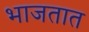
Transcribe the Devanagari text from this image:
भाजतात